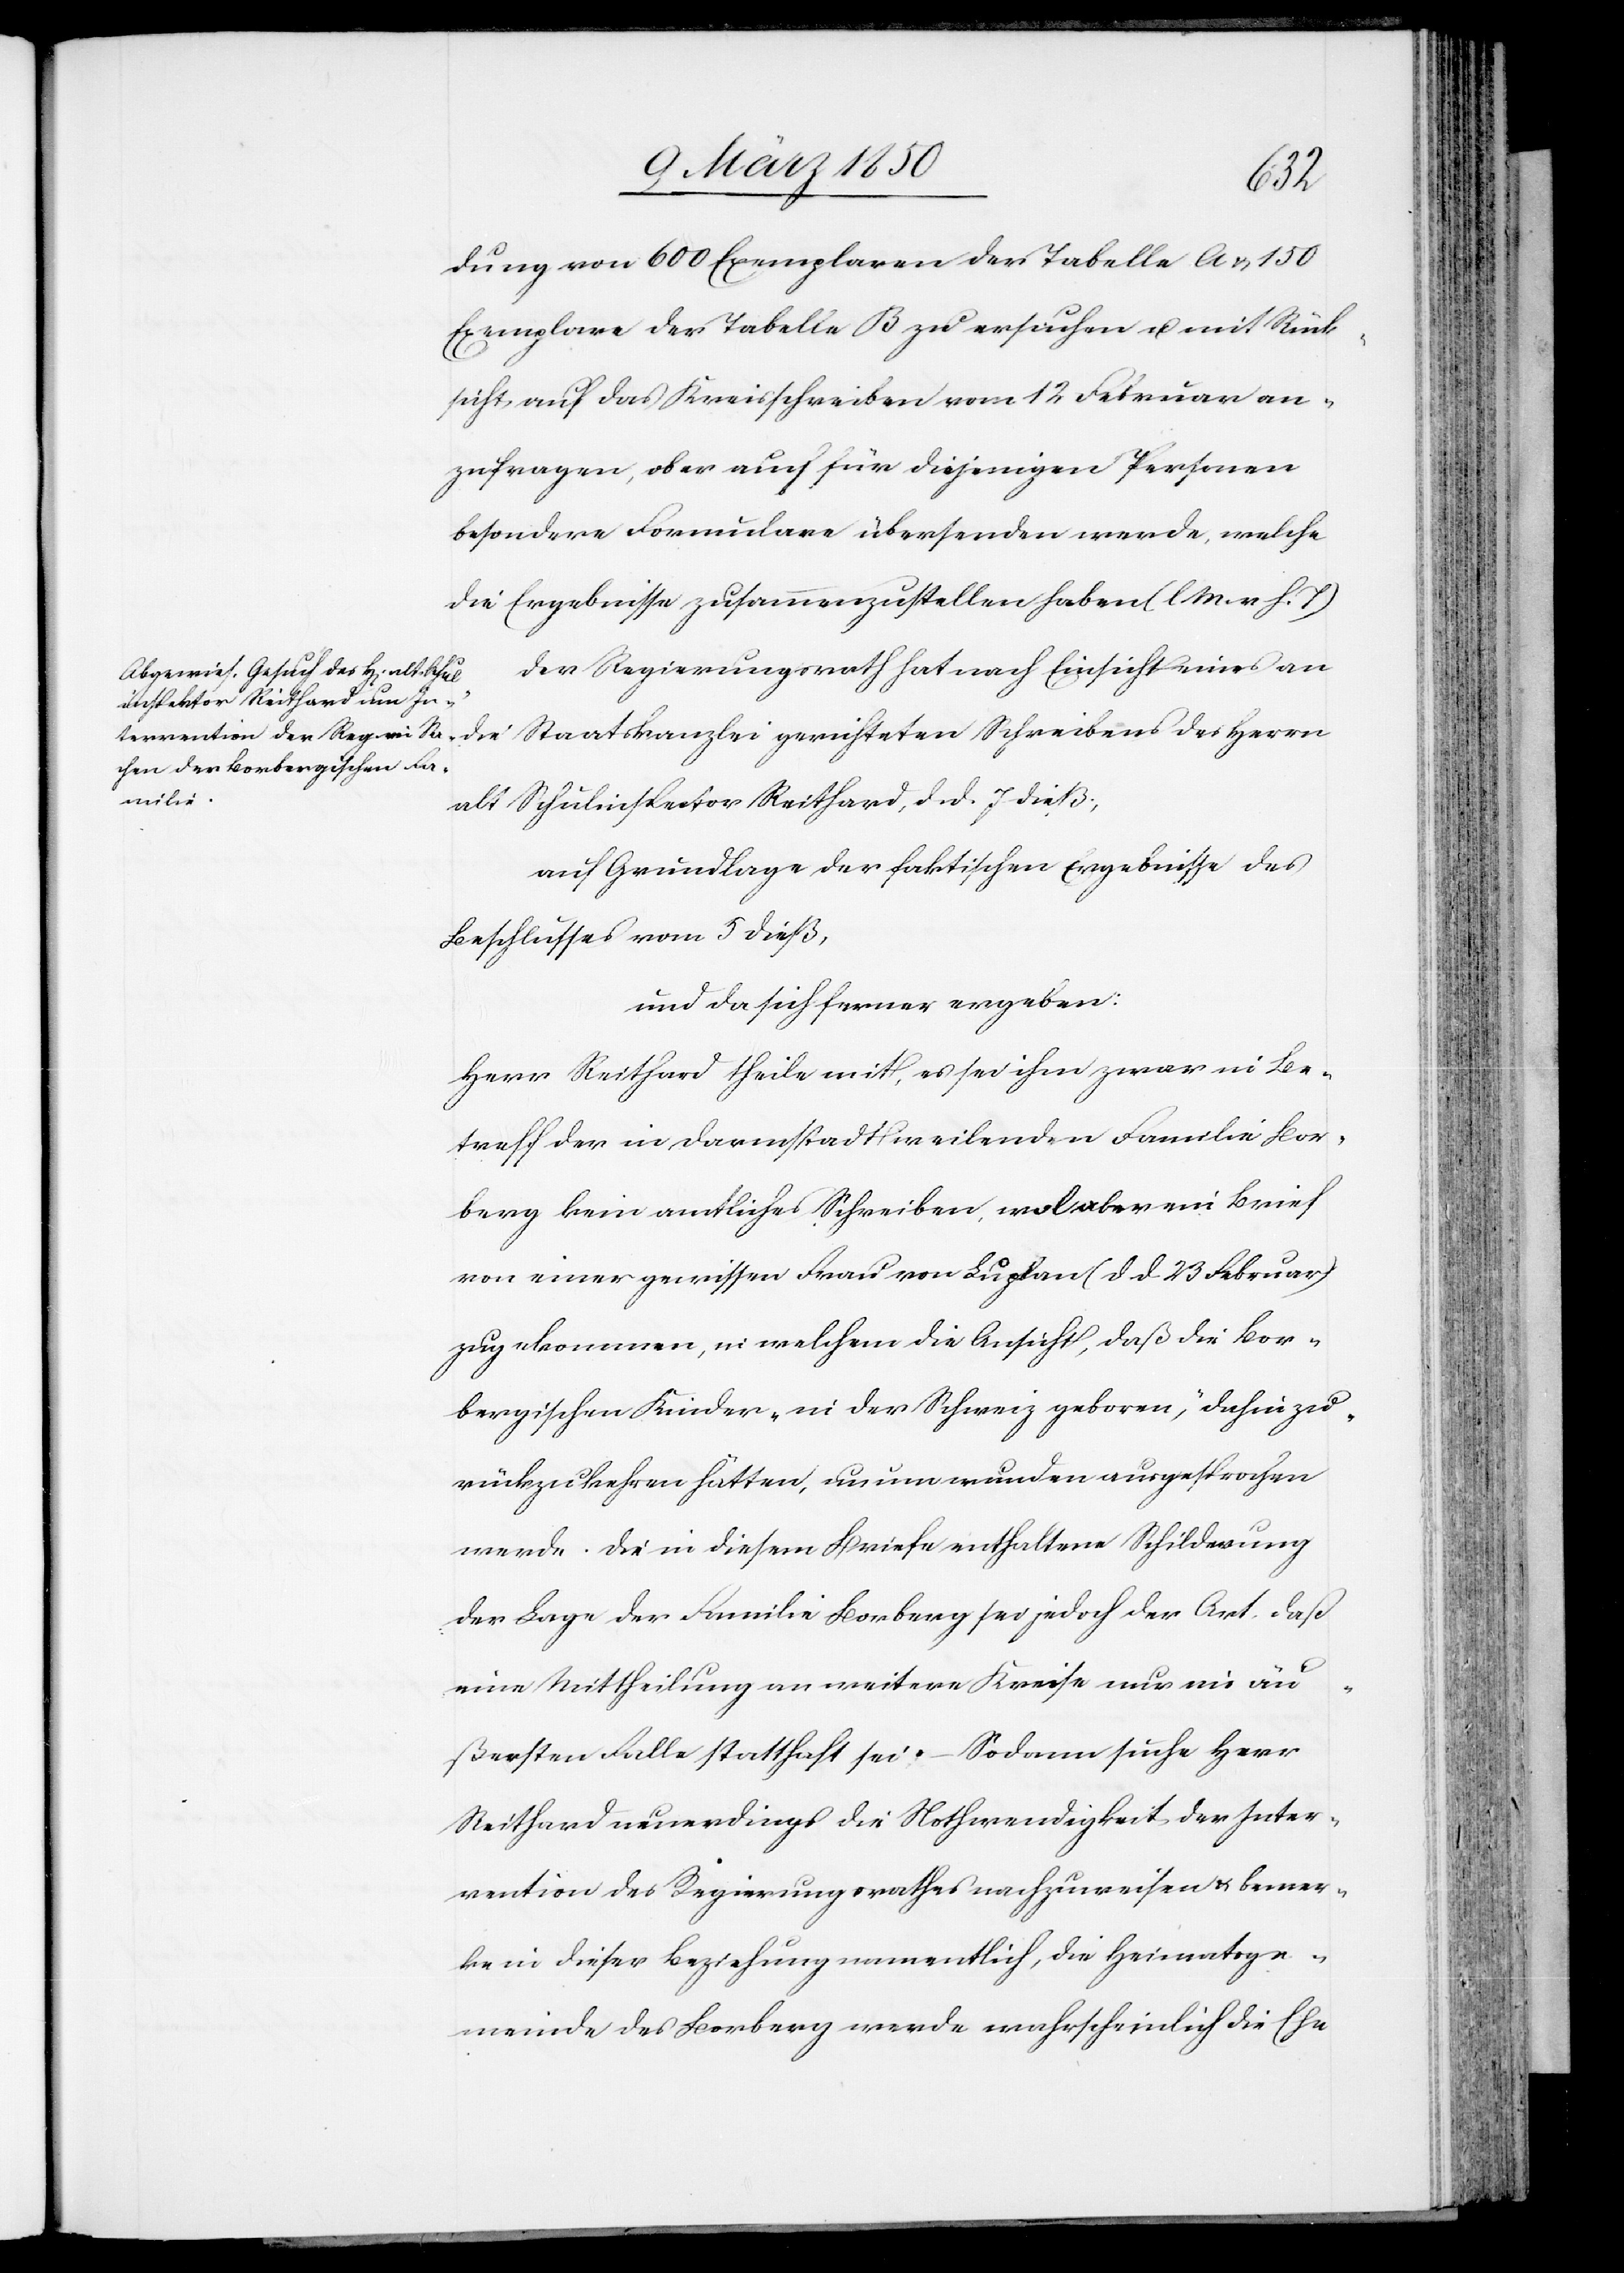
dung von 600 Exemplaren der Tabelle A u. 150
Exemplare der Tabelle B zu ersuchen u. mit Rück¬
sicht auf das Kreisschreiben vom 12 Februar an¬
zufragen, ob er auch für diejenigen Personen
besondere Formulare übersenden werde, welche
die Ergebnisse zusammenzustellen haben (l. M. v. h. T)
Der Regierungsrath hat nach Einsicht eines an
die
alt Schulinspector Reithard, d. d. 7 dieß;
auf Grundlage der faktischen Ergebnisse des
Beschlusses vom 5 dieß,
und da sich ferner ergeben:
Herr Reithard theile mit, es sei ihm zwar in Be¬
treff der in Darmstadt weilenden Familie Bor¬
berg kein amtliches Schreiben, wol aber ein Brief
von einer gewissen Frau von Luplan (d. d. 23 Februar)
zugekommen, in welchem die Ansicht, daß die Bor¬
bergischen Kinder „in der Schweiz geboren“, dahin zu¬
rückzukehren hätten, unumwunden ausgesprochen
werde. Die in diesem Briefe enthaltene Schilderung
der Lage der Familie Borberg sei jedoch der Art, daß
eine Mittheilung an weitere Kreise nur im äu¬
ßersten Falle statthaft sei. – Sodann suche Herr
Reithard neuerdings die Nothwendigkeit der Inter¬
vention des Regierungsrathes nachzuweisen u. bemer¬
ke in dieser Beziehung namentlich, die Heimatsge¬
meinde des Borberg werde wahrscheinlich die Ehe